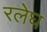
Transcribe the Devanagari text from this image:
रलेघ